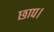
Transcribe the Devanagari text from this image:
छाप।